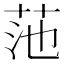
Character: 𫇻